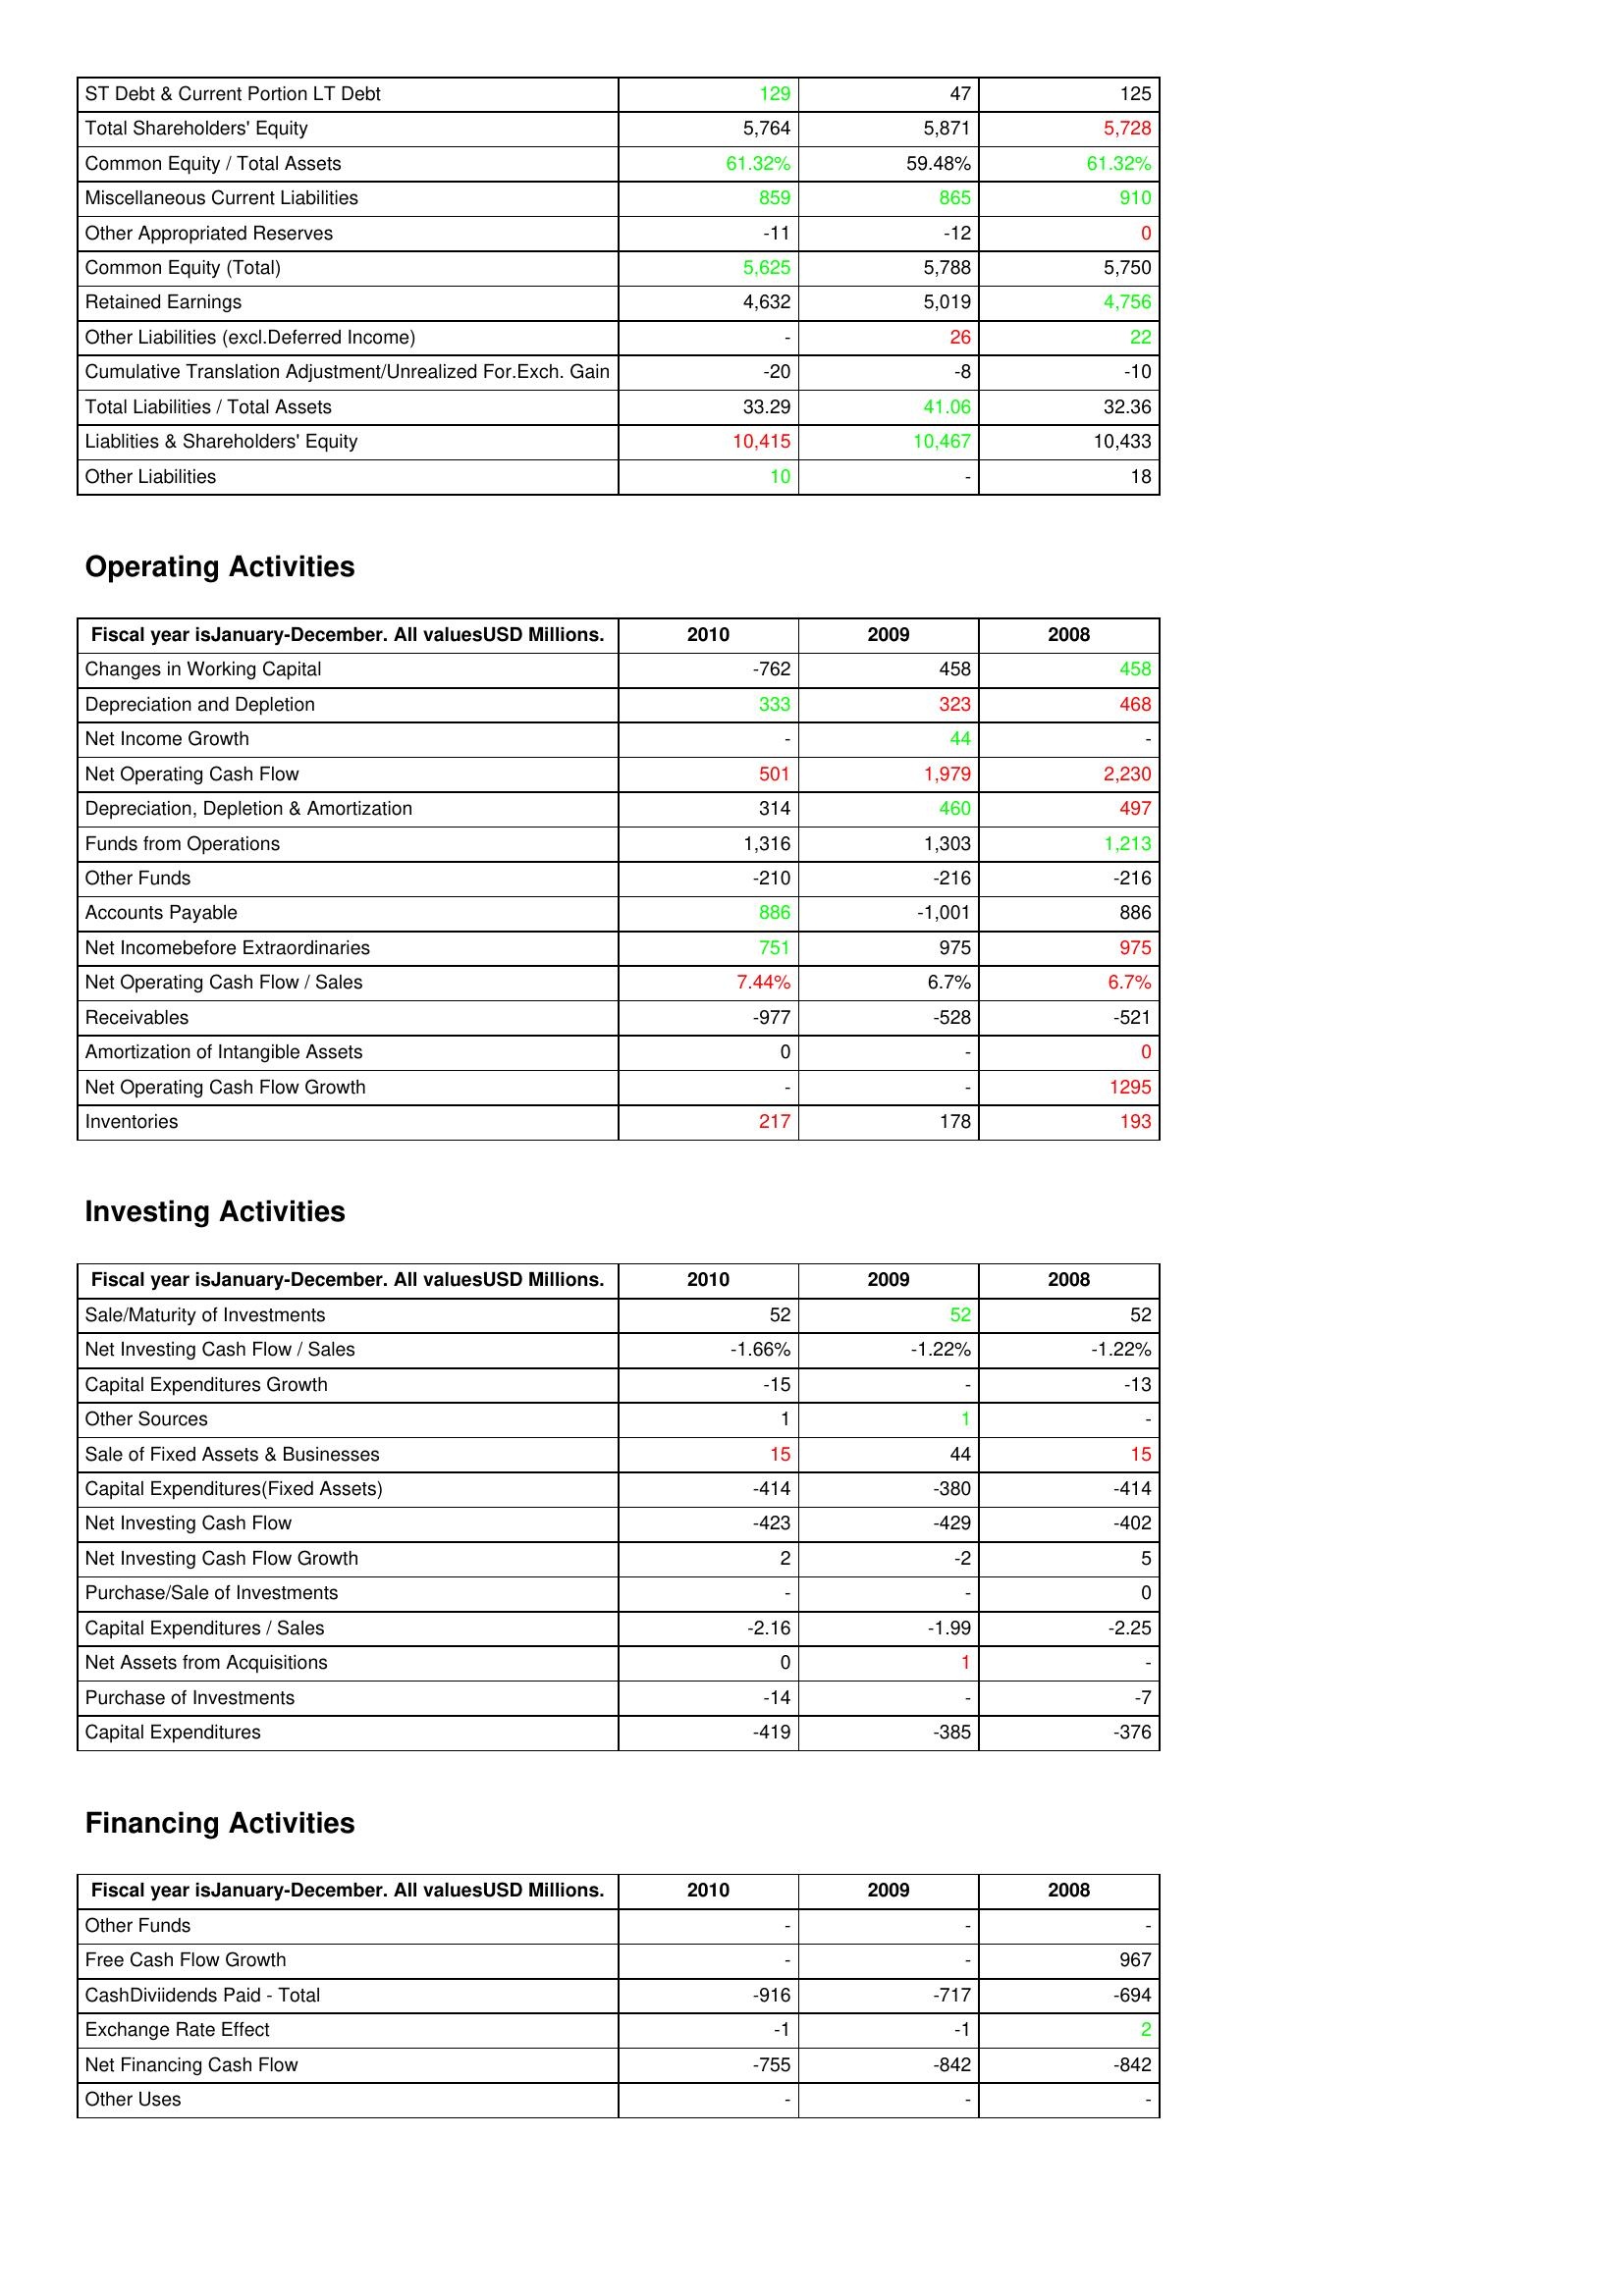
gt_parse: 2010: Liabilities & Shareholder's Equity: ST Debt & Current Portion LT Debt: 129
Total Shareholders' Equity: 5,764
Common Equity / Total Assets: 61.32%
Miscellaneous Current Liabilities: 859
Other Appropriated Reserves: -11
Common Equity (Total): 5,625
Retained Earnings: 4,632
Other Liabilities (excl.Deferred Income): -
Cumulative Translation Adjustment/Unrealized For.Exch. Gain: -20
Total Liabilities / Total Assets: 33.29
Liablities & Shareholders' Equity: 10,415
Other Liabilities: 10
Operating Activities: Changes in Working Capital: -762
Depreciation and Depletion: 333
Net Income Growth: -
Net Operating Cash Flow: 501
Depreciation, Depletion & Amortization: 314
Funds from Operations: 1,316
Other Funds: -210
Accounts Payable: 886
Net Incomebefore Extraordinaries: 751
Net Operating Cash Flow / Sales: 7.44%
Receivables: -977
Amortization of Intangible Assets: 0
Net Operating Cash Flow Growth: -
Inventories: 217
Investing Activities: Sale/Maturity of Investments: 52
Net Investing Cash Flow / Sales: -1.66%
Capital Expenditures Growth: -15
Other Sources: 1
Sale of Fixed Assets & Businesses: 15
Capital Expenditures(Fixed Assets): -414
Net Investing Cash Flow: -423
Net Investing Cash Flow Growth: 2
Purchase/Sale of Investments: -
Capital Expenditures / Sales: -2.16
Net Assets from Acquisitions: 0
Purchase of Investments: -14
Capital Expenditures: -419
Financing Activities: Other Funds: -
Free Cash Flow Growth: -
CashDiviidends Paid - Total: -916
Exchange Rate Effect: -1
Net Financing Cash Flow: -755
Other Uses: -
2009: Liabilities & Shareholder's Equity: ST Debt & Current Portion LT Debt: 47
Total Shareholders' Equity: 5,871
Common Equity / Total Assets: 59.48%
Miscellaneous Current Liabilities: 865
Other Appropriated Reserves: -12
Common Equity (Total): 5,788
Retained Earnings: 5,019
Other Liabilities (excl.Deferred Income): 26
Cumulative Translation Adjustment/Unrealized For.Exch. Gain: -8
Total Liabilities / Total Assets: 41.06
Liablities & Shareholders' Equity: 10,467
Other Liabilities: -
Operating Activities: Changes in Working Capital: 458
Depreciation and Depletion: 323
Net Income Growth: 44
Net Operating Cash Flow: 1,979
Depreciation, Depletion & Amortization: 460
Funds from Operations: 1,303
Other Funds: -216
Accounts Payable: -1,001
Net Incomebefore Extraordinaries: 975
Net Operating Cash Flow / Sales: 6.7%
Receivables: -528
Amortization of Intangible Assets: -
Net Operating Cash Flow Growth: -
Inventories: 178
Investing Activities: Sale/Maturity of Investments: 52
Net Investing Cash Flow / Sales: -1.22%
Capital Expenditures Growth: -
Other Sources: 1
Sale of Fixed Assets & Businesses: 44
Capital Expenditures(Fixed Assets): -380
Net Investing Cash Flow: -429
Net Investing Cash Flow Growth: -2
Purchase/Sale of Investments: -
Capital Expenditures / Sales: -1.99
Net Assets from Acquisitions: 1
Purchase of Investments: -
Capital Expenditures: -385
Financing Activities: Other Funds: -
Free Cash Flow Growth: -
CashDiviidends Paid - Total: -717
Exchange Rate Effect: -1
Net Financing Cash Flow: -842
Other Uses: -
2008: Liabilities & Shareholder's Equity: ST Debt & Current Portion LT Debt: 125
Total Shareholders' Equity: 5,728
Common Equity / Total Assets: 61.32%
Miscellaneous Current Liabilities: 910
Other Appropriated Reserves: 0
Common Equity (Total): 5,750
Retained Earnings: 4,756
Other Liabilities (excl.Deferred Income): 22
Cumulative Translation Adjustment/Unrealized For.Exch. Gain: -10
Total Liabilities / Total Assets: 32.36
Liablities & Shareholders' Equity: 10,433
Other Liabilities: 18
Operating Activities: Changes in Working Capital: 458
Depreciation and Depletion: 468
Net Income Growth: -
Net Operating Cash Flow: 2,230
Depreciation, Depletion & Amortization: 497
Funds from Operations: 1,213
Other Funds: -216
Accounts Payable: 886
Net Incomebefore Extraordinaries: 975
Net Operating Cash Flow / Sales: 6.7%
Receivables: -521
Amortization of Intangible Assets: 0
Net Operating Cash Flow Growth: 1295
Inventories: 193
Investing Activities: Sale/Maturity of Investments: 52
Net Investing Cash Flow / Sales: -1.22%
Capital Expenditures Growth: -13
Other Sources: -
Sale of Fixed Assets & Businesses: 15
Capital Expenditures(Fixed Assets): -414
Net Investing Cash Flow: -402
Net Investing Cash Flow Growth: 5
Purchase/Sale of Investments: 0
Capital Expenditures / Sales: -2.25
Net Assets from Acquisitions: -
Purchase of Investments: -7
Capital Expenditures: -376
Financing Activities: Other Funds: -
Free Cash Flow Growth: 967
CashDiviidends Paid - Total: -694
Exchange Rate Effect: 2
Net Financing Cash Flow: -842
Other Uses: -